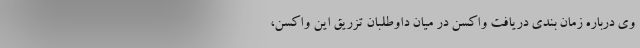
وی درباره زمان بندی دریافت واکسن در میان داوطلبان تزریق این واکسن،